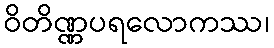
ဝိတိဏ္ဏပရလောကဿ၊